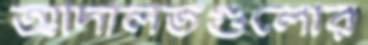
আদালতগুলোর